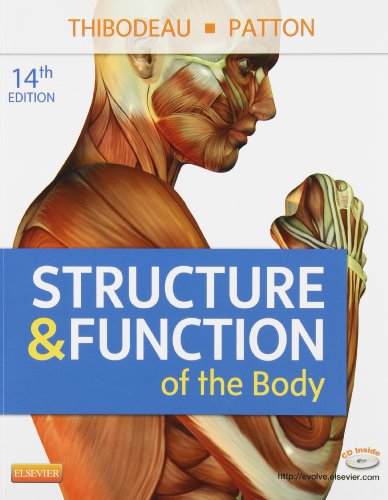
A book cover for Structure & Function of the Body, 14th Edition; Gary A. Thibodeau; Medical Books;